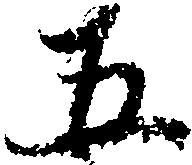
五